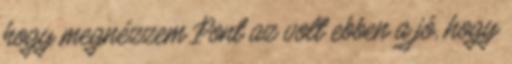
hogy megnézzem Pont az volt ebben a jó, hogy